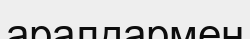
аралдармен